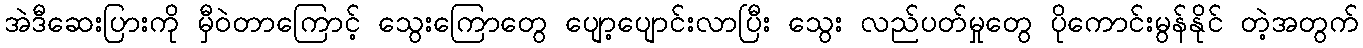
အဲဒီဆေးပြားကို မှီဝဲတာကြောင့် သွေးကြောတွေ ပျော့ပျောင်းလာပြီး သွေး လည်ပတ်မှုတွေ ပိုကောင်းမွန်နိုင် တဲ့အတွက်